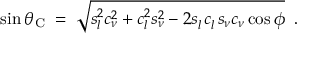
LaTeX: \sin \theta _ { \mathrm { C } } \; = \; \sqrt { s _ { l } ^ { 2 } c _ { \nu } ^ { 2 } + c _ { l } ^ { 2 } s _ { \nu } ^ { 2 } - 2 s _ { l } ^ { ~ } c _ { l } ^ { ~ } s _ { \nu } c _ { \nu } \cos \phi } \; \; .